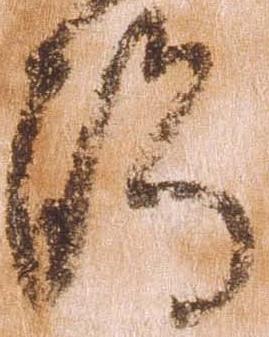
触